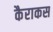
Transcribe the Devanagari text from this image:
कैराकस